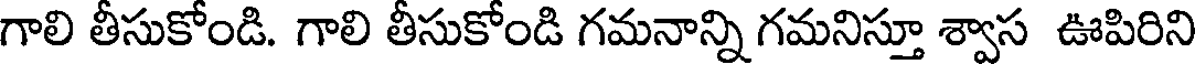
గాలి తీసుకోండి. గాలి తీసుకోండి గమనాన్ని గమనిస్తూ శ్వాస ఊపిరిని